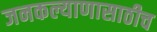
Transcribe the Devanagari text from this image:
जनकल्याणासाठीच